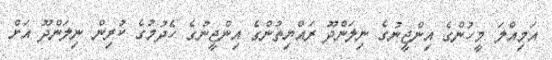
އަމިއްލަ މީހުންގެ އިންޖީނުގެ ނިލަންދޫ ރައްޔިތުންގެ އިންޖީނުގެ ހެދުމުގެ ކުރިން ނިލަންދޫ އަށް